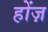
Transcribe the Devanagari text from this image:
होंज़